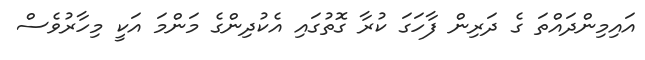
އައިމިންދައްތަ ގެ ދަރިން ފާހަގަ ކުރާ ގޮތުގައި އެކުދިންގެ މަންމަ އަކީ މިހާރުވެސް